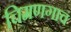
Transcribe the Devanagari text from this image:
चिमणगाव